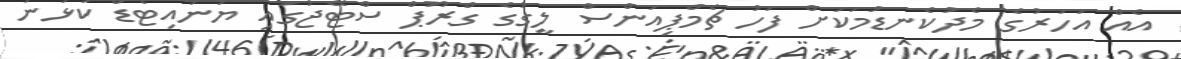
އެއް އަހަރުގެ މެދުކެނޑުމަކަށް ފަހު ޗެމްޕިއަންސް ލީގުގެ ގްރޫޕް ސްޓޭޖުގައި ޔުނައިޓެޑް ކުޅުނު